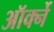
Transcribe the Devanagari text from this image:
ऑर्क्ने